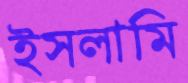
ইসলামি